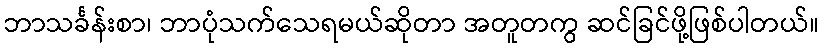
ဘာသင်္ခန်းစာ၊ ဘာပုံသက်သေရမယ်ဆိုတာ အတူတကွ ဆင်ခြင်ဖို့ဖြစ်ပါတယ်။